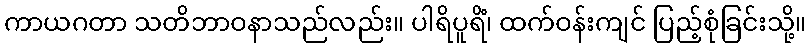
ကာယဂတာ သတိဘာဝနာသည်လည်း။ ပါရိပူရိံ၊ ထက်ဝန်းကျင် ပြည့်စုံခြင်းသို့။